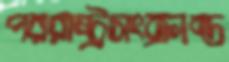
পররাষ্ট্রসংক্রান্ত